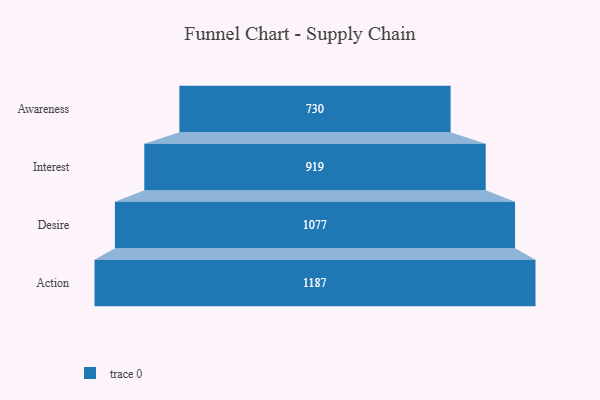
{"axis": {"x": "Stage", "y": "Value"}, "legend": [""], "data": [{"x": "Awareness", "y": 730.0, "type": ""}, {"x": "Interest", "y": 919.0, "type": ""}, {"x": "Desire", "y": 1077.0, "type": ""}, {"x": "Action", "y": 1187.0, "type": ""}]}